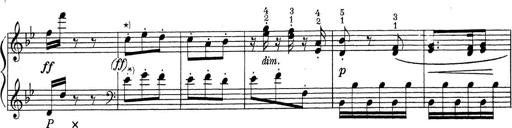
Title: ÄŒeskÃ© Sonatiny
Composer: Various